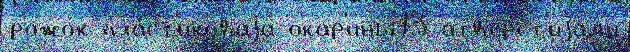
рожо́к пла́ст'иковаjа окар'ины13 отв'е́рст'иjам'и